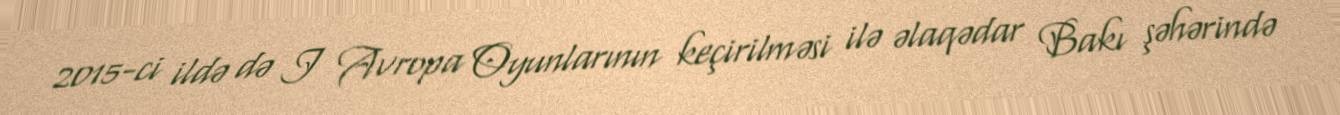
2015-ci ildə də I Avropa Oyunlarının keçirilməsi ilə əlaqədar Bakı şəhərində